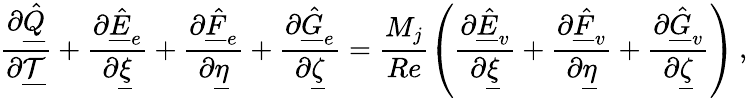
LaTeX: \frac{\partial\underline{{\hat{Q}}}}{\partial\underline{{\mathcal{T}}}}+\frac{\partial\underline{{\hat{E}}}_{e}}{\partial\underline{{\xi}}}+\frac{\partial\underline{{\hat{F}}}_{e}}{\partial\underline{{\eta}}}+\frac{\partial\underline{{\hat{G}}}_{e}}{\partial\underline{{\zeta}}}=\frac{M_{j}}{Re}\left(\frac{\partial\underline{{\hat{E}}}_{v}}{\partial\underline{{\xi}}}+\frac{\partial\underline{{\hat{F}}}_{v}}{\partial\underline{{\eta}}}+\frac{\partial\underline{{\hat{G}}}_{v}}{\partial\underline{{\zeta}}}\right)\, \mathrm{,}